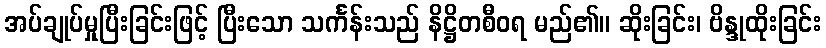
အပ်ချုပ်မှုပြီးခြင်းဖြင့် ပြီးသော သင်္ကန်းသည် နိဋ္ဌိတစီဝရ မည်၏။ ဆိုးခြင်း၊ ဗိန္ဒုထိုးခြင်း